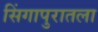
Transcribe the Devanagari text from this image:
सिंगापुरातला